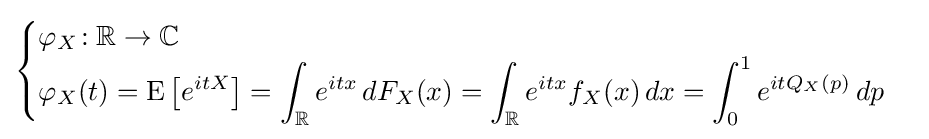
{\begin{cases}\displaystyle \varphi _{X}\!:\mathbb {R} \to \mathbb {C} \\\displaystyle \varphi _{X}(t)=\operatorname {E} \left[e^{itX}\right]=\int _{\mathbb {R} }e^{itx}\,dF_{X}(x)=\int _{\mathbb {R} }e^{itx}f_{X}(x)\,dx=\int _{0}^{1}e^{itQ_{X}(p)}\,dp\end{cases}}